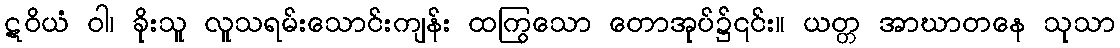
ဋဝိယံ ဝါ၊ ခိုးသူ လူသရမ်းသောင်းကျန်း ထကြွသော တောအုပ်၌၎င်း။ ယတ္တ အာဃာတနေ သုသာ